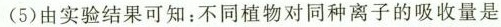
（5）由实验结果可知：不同植物对同种离子的吸收量是